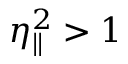
\eta _ { \parallel } ^ { 2 } > 1